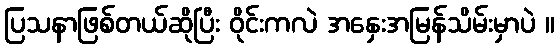
ပြသနာဖြစ်တယ်ဆိုပြီး ဝိုင်းကလဲ အနှေးအမြန်သိမ်းမှာပဲ ။